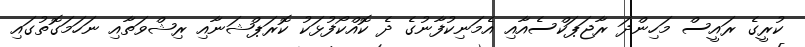
ކުރީގެ ރައީސް މަހިންދަ ރާޖަޕަކްސެއާއި އެމަނިކުފާނުގެ ދެ ކޮއްކޯފުޅަކު ކޮރަޕްޝަނާއި ރިޝްވަތާއި ނަހަމަގޮތުގައި